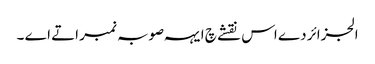
الجزائر دے اس نقشے چ ایہہ صوبہ نمبر اتے اے ۔